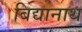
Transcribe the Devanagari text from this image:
बिद्यानाथ